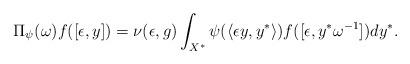
LaTeX: \begin{align*}\Pi_{\psi}(\omega)f([\epsilon, y])=\nu(\epsilon,g)\int_{X^{\ast}} \psi(\langle \epsilon y, y^{\ast}\rangle) f([\epsilon,y^{\ast}\omega^{-1}]) dy^{\ast}.\end{align*}